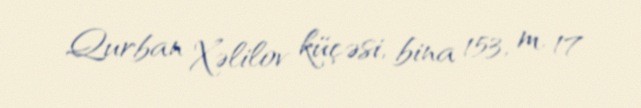
Qurban Xəlilov küçəsi, bina 153, m. 17